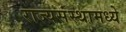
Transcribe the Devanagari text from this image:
राज्यसंस्थामध्ये